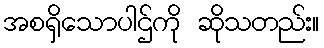
အစရှိသောပါဌ်ကို ဆိုသတည်း။